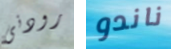
رودنى ناندو